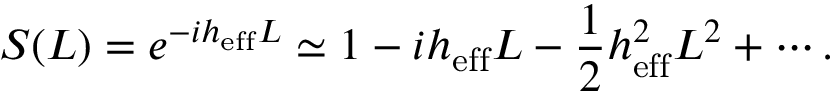
S ( L ) = e ^ { - i h _ { \mathrm { e f f } } L } \simeq 1 - i h _ { \mathrm { e f f } } L - { \frac { 1 } { 2 } } h _ { \mathrm { e f f } } ^ { 2 } L ^ { 2 } + \cdots .